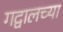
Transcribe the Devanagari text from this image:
गद्वालच्या